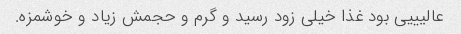
عالیییی بود غذا خیلی زود رسید و گرم و حجمش زیاد و خوشمزه.